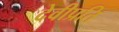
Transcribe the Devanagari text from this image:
देवीप्रति